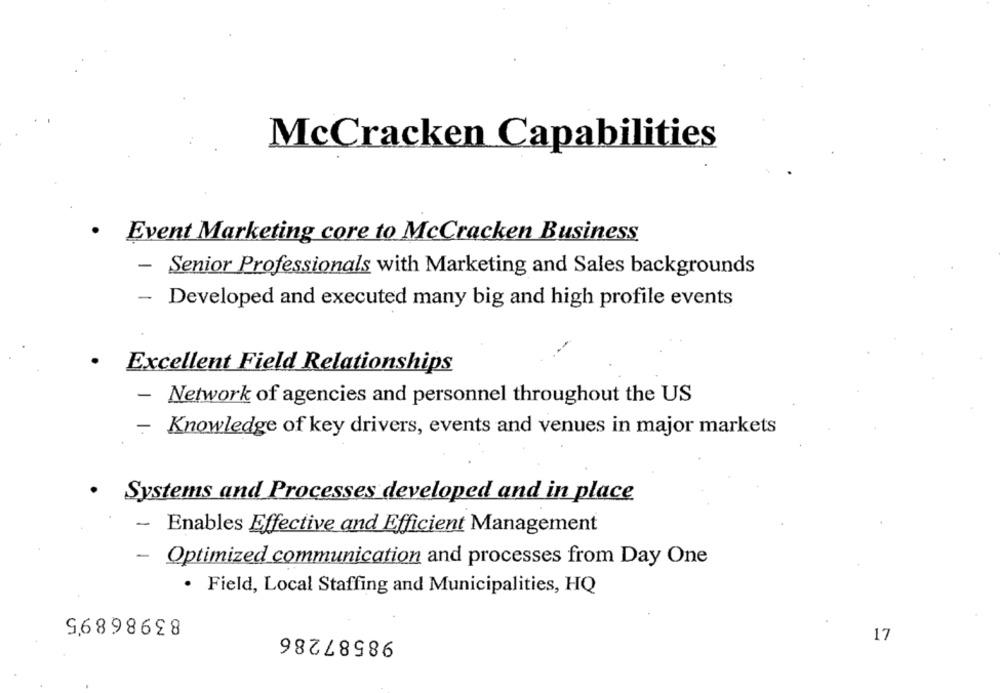
McCracken Capabilities
.
Event Marketing core to McCracken Business
- Senior Professionals with Marketing and Sales backgrounds
- Developed and executed many big and high profile events
Excellent Field Relationships
-
Network of agencies and personnel throughout the US
- Knowledge of key drivers, events and venues in major markets
.
Systems and Processes developed and in place
-
Enables Effective and Efficient Management
- Optimized communication and processes from Day One
· Field, Local Staffing and Municipalities, HQ
83986895
98587286
17